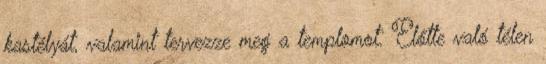
kastélyát, valamint tervezze meg a templomot. Előtte való télen